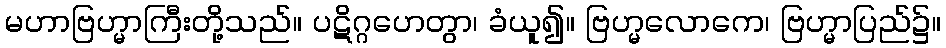
မဟာဗြဟ္မာကြီးတို့သည်။ ပဋိဂ္ဂဟေတွာ၊ ခံယူ၍။ ဗြဟ္မလောကေ၊ ဗြဟ္မာပြည်၌။